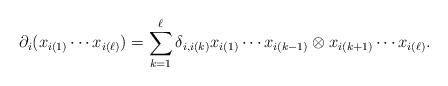
LaTeX: \begin{align*} \partial_i(x_{i(1)} \cdots x_{i(\ell)}) = \sum_{k=1}^\ell \delta_{i, i(k)} x_{i(1)} \cdots x_{i(k-1)} \otimes x_{i(k+1)} \cdots x_{i(\ell)}. \end{align*}